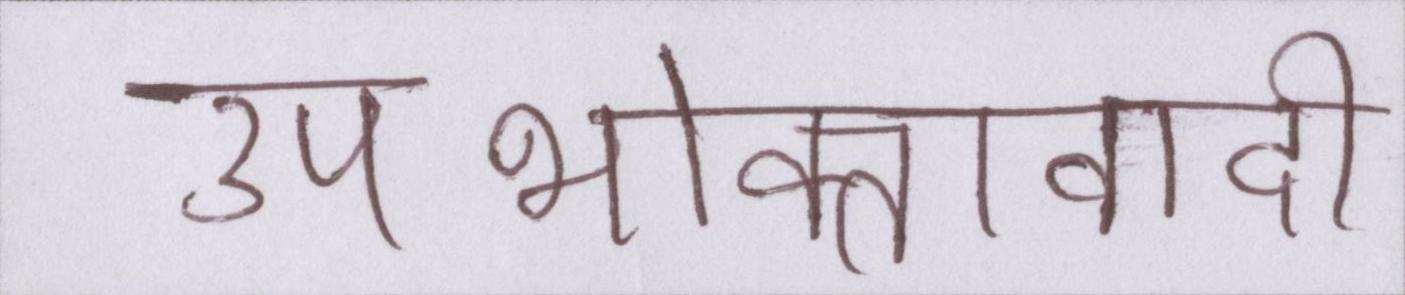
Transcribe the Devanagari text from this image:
उपभोक्तावादी